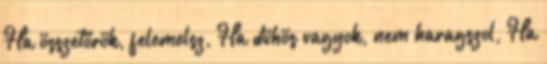
Ha összetörök, felemelsz, Ha dühös vagyok, nem haragszol, Ha